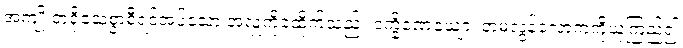
အကျိုးငှာရိုသေစွာစီရင်အပ်သော အလှူကိုခံထိုက်သည်။ ဒက္ခိဏေယျော၊ တမလွန်လောကကိုယုံကြည်၍